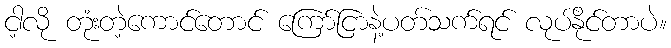
ငါ့လို တုံးတဲ့ကောင်တောင် ကြော်ငြာနဲ့ပတ်သက်ရင် လုပ်နိုင်တာပဲ။